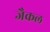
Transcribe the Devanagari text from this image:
जैकल